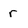
Character: r